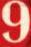
9